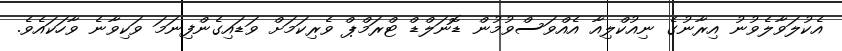
އެކުލަވާލެވުނު އިރާނުގެ ނިއުކްލިއާ އެއްވަސްވުމުން ޑޮނަލްޑް ޓްރަމްޕް ވެރިކަމަށް ވަޑައިގެންފިނަމަ ވަކިވާނެ ވާހަކައެވެ.